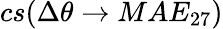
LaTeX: cs(\Delta\theta\rightarrow MAE_{27})